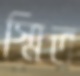
স্মিত